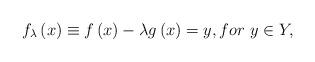
LaTeX: \begin{align*}f_{\lambda }\left( x\right) \equiv f\left( x\right) -\lambda g\left(x\right) =y,for\ y\in Y, \end{align*}